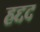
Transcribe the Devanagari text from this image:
हद्दद